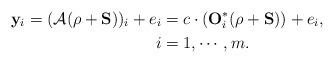
LaTeX: \begin{align*}\mathbf{y}_i= (\mathcal{A}(\rho+ \mathbf{S}))_i + e_i&= c \cdot (\mathbf{O}_i^* (\rho+ \mathbf{S})) +e_i, \ \\ \ i&=1, \cdots, m.\end{align*}